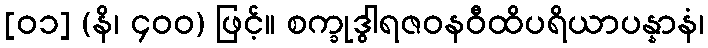
[၀၁] (နိ၊ ၄၀၀) ဖြင့်။ စက္ခုဒွါရဇဝနဝီထိပရိယာပန္နာနံ၊